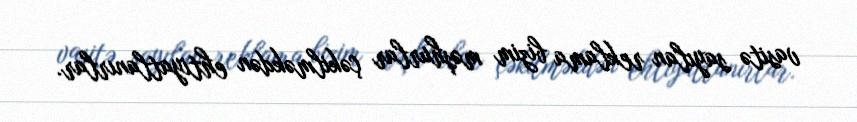
vasitə sayılan reklama bizim məşhurlar çəkilməkdən ehtiyatlanırlar.